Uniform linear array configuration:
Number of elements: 12
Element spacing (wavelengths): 0.75
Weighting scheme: uniform
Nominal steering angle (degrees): -45
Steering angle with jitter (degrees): -46.851
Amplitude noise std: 0.05
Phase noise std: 0.05

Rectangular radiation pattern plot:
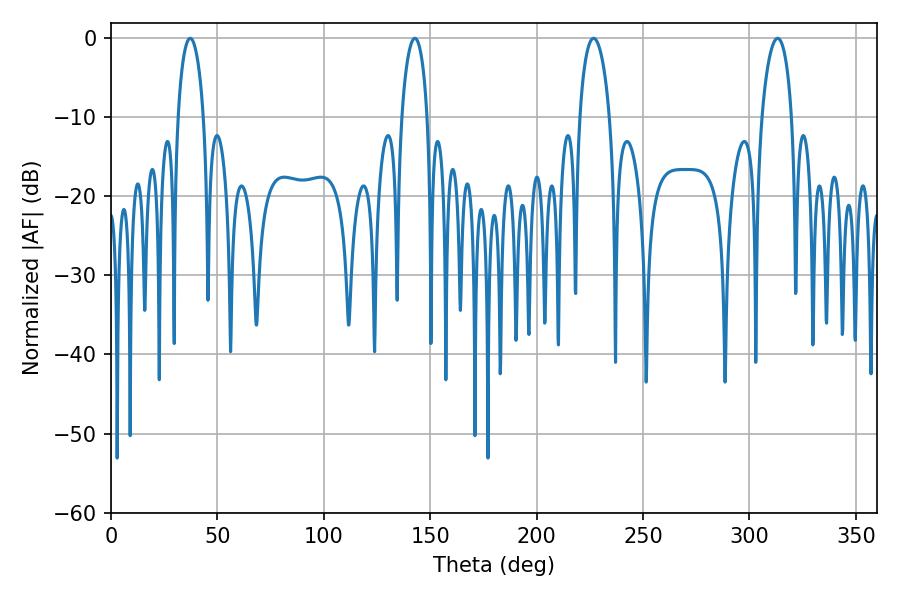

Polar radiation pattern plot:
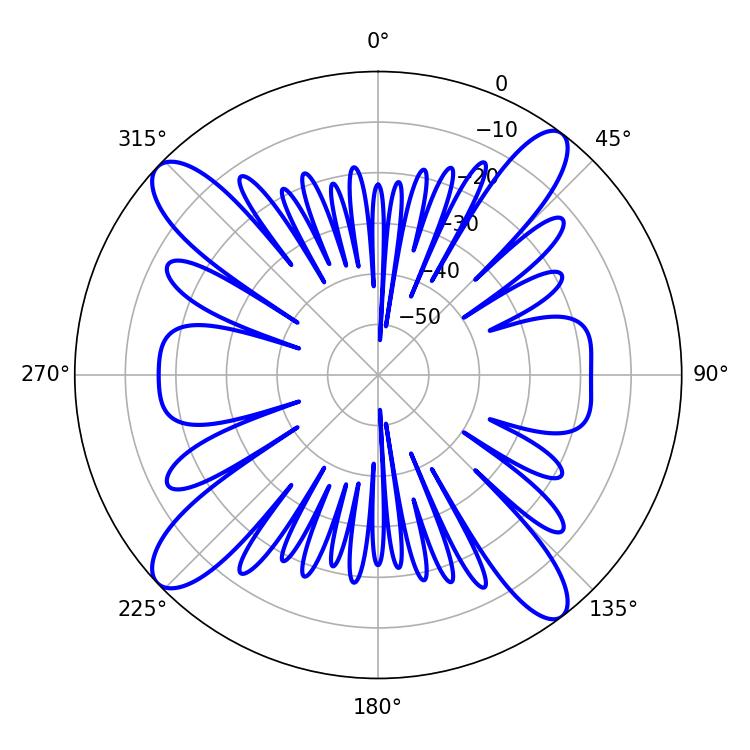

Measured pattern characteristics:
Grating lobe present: TRUE
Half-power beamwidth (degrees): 8.1
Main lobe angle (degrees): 226.8